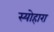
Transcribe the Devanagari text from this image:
स्योहारा